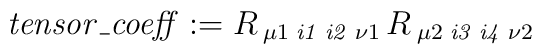
\mathit{tensor\_coeff} := R\,{_{\mu 1}}\,{_{\mathit{i1}}}\,{_{\mathit{i2}}}\,{_{\nu 1}}\,R\,{_{\mu 2}}\,{_{\mathit{i3}}}\,{_{\mathit{i4}}}\,{_{\nu 2}}